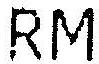
RM